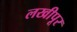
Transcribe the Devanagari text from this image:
लखीपूर